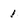
Character: 1